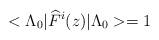
LaTeX: \begin{align*}<\Lambda _{0}|\widehat{F}^{i}(z)|\Lambda _{0}>=1\end{align*}